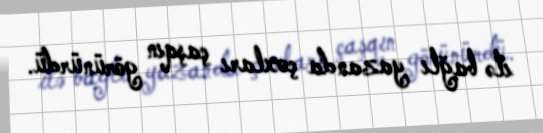
ilə bağlı yazanda çoxları çaşqın görünürdü.